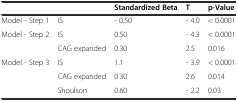
|  |  | Standardized Beta | T | p-Value |
 | --- | --- | --- | --- | --- |
 | Model - Step 1 | IS | - 0.50 | - 4.0 | < 0.0001 |
 | Model - Step 2 | IS | 0.50 | - 4.3 | < 0.0001 |
 |  | CAG expanded | 0.30 | 2.5 | 0.016 |
 | Model - Step 3 | IS | 1.1 | - 3.9 | < 0.0001 |
 |  | CAG expanded | 0.30 | 2.6 | 0.014 |
 |  | Shoulson | 0.60 | - 2.2 | 0.03 |